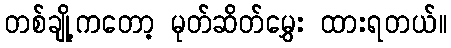
တစ်ချို့ကတော့ မုတ်ဆိတ်မွှေး ထားရတယ်။